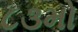
૮૩મો